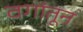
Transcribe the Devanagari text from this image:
वगांतून